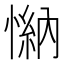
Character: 𢟕